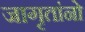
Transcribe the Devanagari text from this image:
जागृतांनो